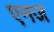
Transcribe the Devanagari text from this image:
एनज